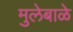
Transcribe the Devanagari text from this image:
मुलेबाळे